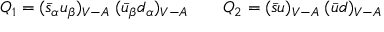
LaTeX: Q _ { 1 } = ( \bar { s } _ { \alpha } u _ { \beta } ) _ { V - A } \; ( \bar { u } _ { \beta } d _ { \alpha } ) _ { V - A } ~ ~ ~ ~ ~ ~ Q _ { 2 } = ( \bar { s } u ) _ { V - A } \; ( \bar { u } d ) _ { V - A }